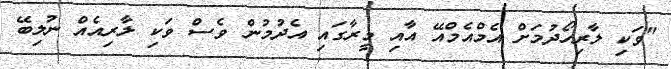
"ވަކި ލާރިހޯދުމަށް އެމްއެމްއޭ އާއި މީރާގައި އެދުމުން ވެސް ވަކި ލާރިއެއް ނުލިބޭ